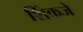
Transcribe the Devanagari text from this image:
शिंकजे